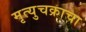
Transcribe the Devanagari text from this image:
मृत्युचक्राचा